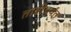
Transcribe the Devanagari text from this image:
तावीपर्यंत